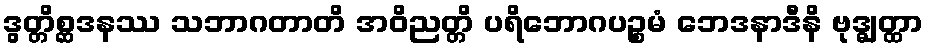
ဒွတ္တိစ္ဆဒနဿ သဘာဂတာတိ အဝိညတ္တိ ပရိဘောဂပဉ္စမံ ဘေဒနာဒီနိ ဗုဒ္ဓျတ္ထာ